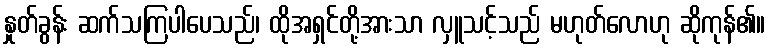
နှုတ်ခွန်း ဆက်သကြပါပေသည်၊ ထိုအရှင်တို့အားသာ လှူသင့်သည် မဟုတ်လောဟု ဆိုကုန်၏။